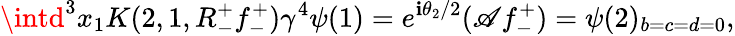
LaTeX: \intd^{3}x_{1}K(2,1,R_{-}^{+}f_{-}^{+})\gamma^{4}\psi(1)=e^{\mathbf{i}\theta_{2}/2}(\mathscr{A}f_{-}^{+})=\psi(2)_{b=c=d=0},